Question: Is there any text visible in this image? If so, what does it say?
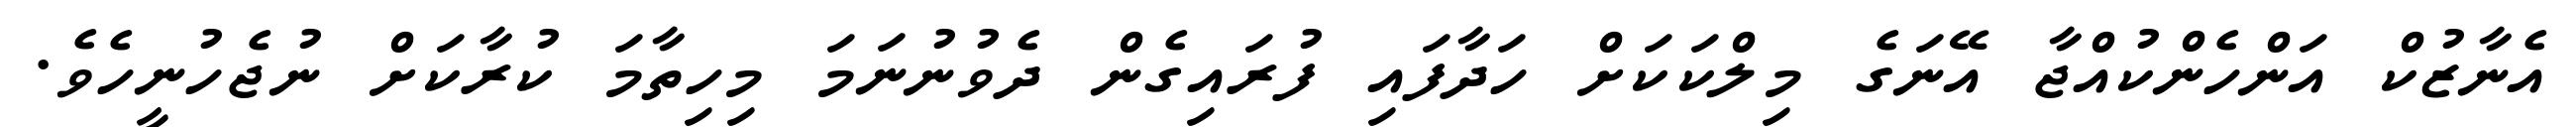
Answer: އެނާޒުކް އަންހެންކުއްޖާ އޭނަގެ މިލްކަކަށް ހަދާފައި ފުރައިގެން ދެވުނުނަމަ މިހިތާމަ ކުރާކަށް ނުޖެހުނީހެވެ.